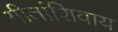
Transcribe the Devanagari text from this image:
गीतांशिवाय